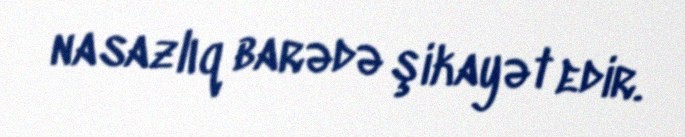
nasazlıq barədə şikayət edir.